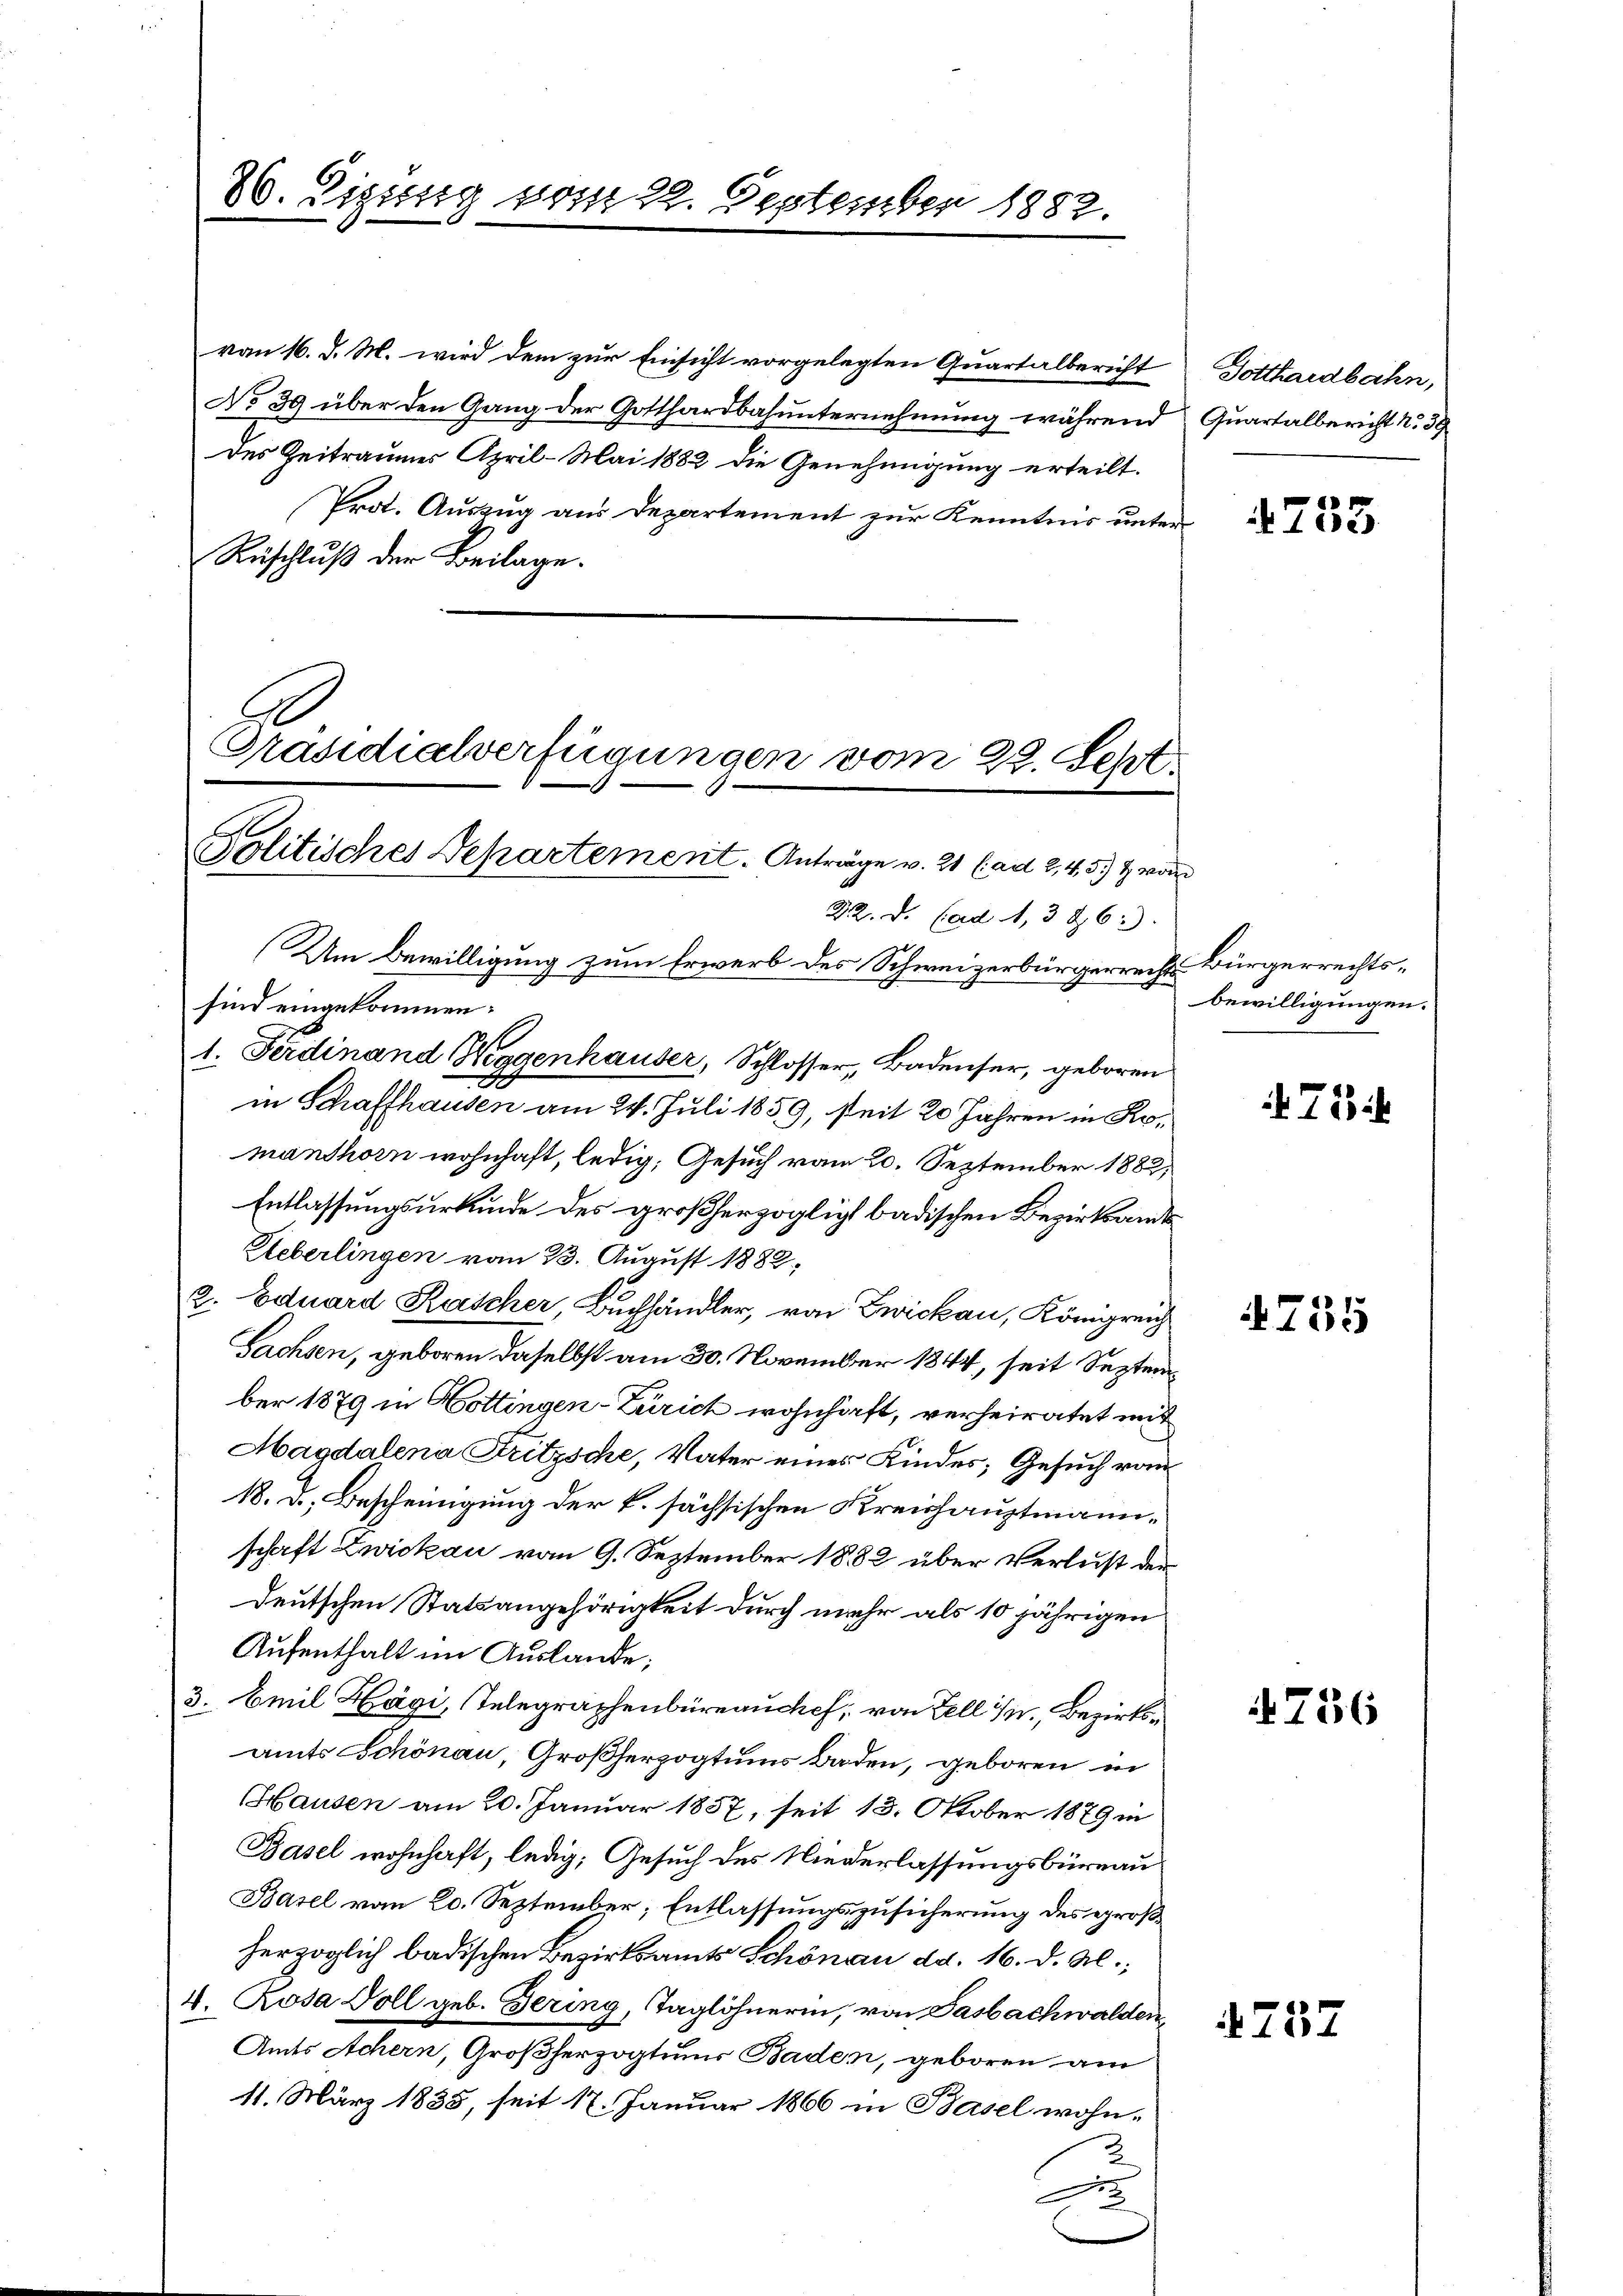
26. Dietig vom 22. September 1882.

von 16. d. M. wird dem zur Einsicht vorgelegten Quartalbericht
No 39 über den Gang der Gotthardbahunternehmung während Quartalbericht No 39
des Zeitraumes April-Mai 1882 die Genehmigung erteilt.
Prot. Auszug aus Departement zur Kenntnis unter
Ruschluß der Beilage.

Präsidialverfügungen vom 22. Sept.
Politisches Departement. Anträge v. 21 (ad 2, 4,5 & worde

Dotthardbahn,

22. d. (ad 1,326:
Um Bewilligung zum Erwerb des Schweizerbürgerrecht Bürgerrechts-
sind eingekommen:
1. Ferdinand Weggenhauser, Schlosser, Badenser, geboren
in Schaffhausen am 24. Juli 1859, steit 20 Jahren in Komanshorn wohnhaft, ledig, Gesuch vom 20. September 1882,
Entlassungsurkunde des großherzoglich badischen Bezirksamt
Ueberlingen vom 23. August 1882,
2. Eduard Kascher, Buchhändler, von Zwickau, Königreich
Sachsen, geboren daselbst am 30. November 1844, seit September 1879 in Hottingen-Zürich wohnhaft, verheiratet mit
Magdalena Fritzsche, Vater eines Kindes; Gesuch vom
18. d. Bescheinigung der k. sächsischen Kreishauptmannschaft Zwickau vom 9. September 1882 über Verlust der
deutschen Statsangehörigkeit durch mehr als 10 jährigen
Aufenthalt im Auslande;
3. Emil Hägi, Telegraphenbüreauche, von Fell 14. Bezirksamts Schönau, Großherzogtums Baden, geboren in
Hausen am 20. Januar 1857, seit 13. Oktober 1879 in
Basel wohnhaft, ledig, Gesuch des Niederlassungsbüreau
Basel vom 20. September; Entlassungszusicherung des groß
herzoglich badischen Bezirksamts Schönau dd. 16. d. M.,
4. Rosa Voll geb. Gering, Taglöhnerin, von Gasbachwalden,
Amts Achern, Großherzogtums Baden, geboren am
11. März 1835, seit 17. Januar 1866 in Basel wohn¬
2
F.

4755

bewilligungen.

71

755

756

4757